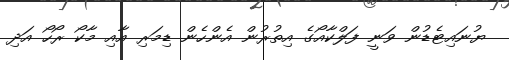
ޔުނައިޓެޑުން ވަނީ ފަލްކާއޯގެ އިތުރުން އެންހެން ޑިމަރި އާއި މާކޯ ރޯހޯ އަދި